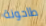
طاحونة